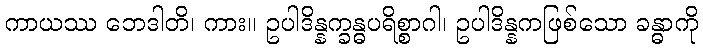
ကာယဿ ဘေဒါတိ၊ ကား။ ဥပါဒိန္နက္ခန္ဓပရိစ္စာဂါ၊ ဥပါဒိန္နကဖြစ်သော ခန္ဓာကို